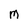
Character: M